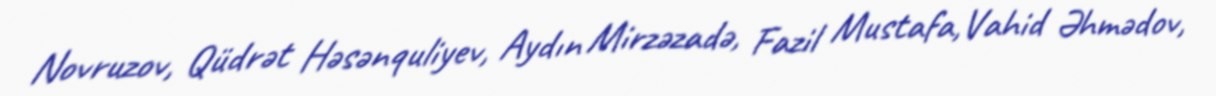
Novruzov, Qüdrət Həsənquliyev, Aydın Mirzəzadə, Fazil Mustafa,Vahid Əhmədov,